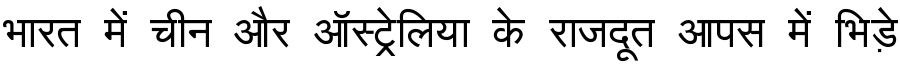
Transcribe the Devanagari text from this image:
भारत में चीन और ऑस्ट्रेलिया के राजदूत आपस में भिड़े